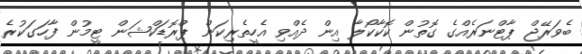
ބެވަރޭޖް ޕާޓްނަރެއްގެ ގޮތުން ކޮކާކޯލާ އިން ދެއްވި އެހީތެރިކަން ޕްރޮޑަކްޝަން ޓީމުން ފާހަގަކުރެ